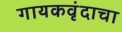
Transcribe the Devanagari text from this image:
गायकवृंदाचा